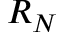
R _ { N }